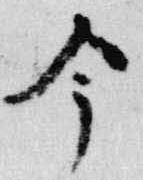
今